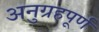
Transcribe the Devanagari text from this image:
अनुग्रहपूर्ण